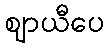
ဈာယီပေ